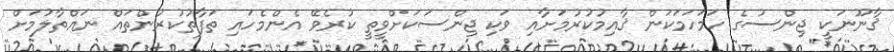
ޤާނޫނަކީ ޖިންސުގެ ހަމަހަމަކަން ޤާއިމުކުރުމަށާއި ވަކި ޖިންސަކަށްވީތީ ކުރެވޭ އެންމެހައި ތަފާތުކުރުންތައް ނައްތާލުމަށް